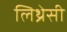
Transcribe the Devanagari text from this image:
लिथ्रेसी